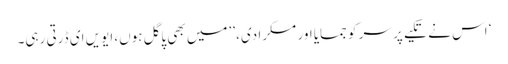
‘ اس نے تکیے پر سر کو جمایا اور مسکرا دی، ’’میں بھی پاگل ہوں، ایویں ای ڈرتی رہی۔